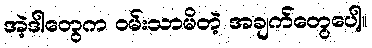
အဲ့ဒါတွေက ဝမ်းသာမိတဲ့ အချက်တွေပေါ့။